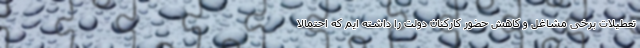
تعطیلات برخی مشاغل و کاهش حضور کارکنان دولت را داشته ایم که احتمالا